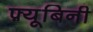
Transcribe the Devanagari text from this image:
फ़्यूबिनी